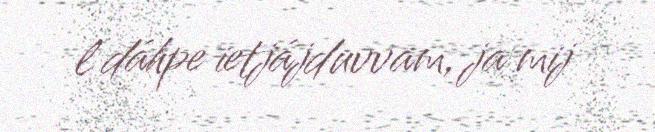
l dáhpe ietjájduvvam, ja mij